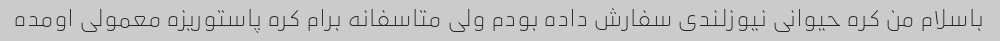
باسلام من کره حیوانی نیوزلندی سفارش داده بودم ولی متاسفانه برام کره پاستوریزه معمولی اومده